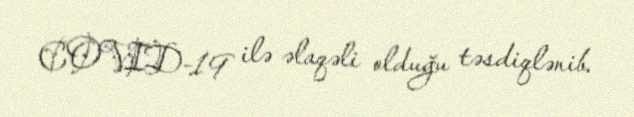
COVID-19 ilə əlaqəli olduğu təsdiqlənib.